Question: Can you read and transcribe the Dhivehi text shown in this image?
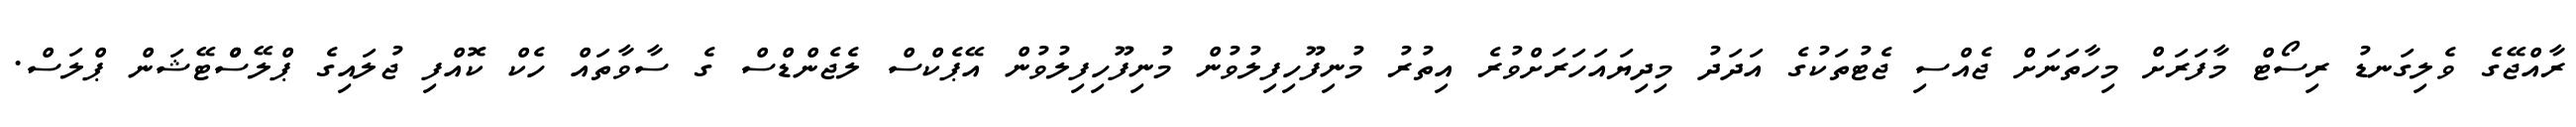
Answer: ރާއްޖޭގެ ވެލިގަނޑު ރިސޯޓް މާފަރަށް މިހާތަނަށް ޖެއްސި ޖެޓުތަކުގެ އަދަދު މިދިޔައަހަރަށްވުރެ އިތުރު މުނިފޫހިފިލުވުން މުނިފޫހިފިލުވުން އޭޕެކްސް ލެޖެންޑްސް ގެ ސާވާތައް ހެކް ކޮއްފި ޖުލައިގެ ޕްލޭސްްޓޭޝަން ޕްލަސް.